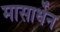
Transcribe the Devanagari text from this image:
मासार्धेन